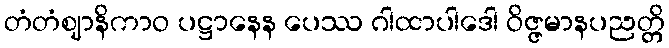
တံတံဈာနိကာဝ ပဋ္ဌာနေန ပေဿ ဂါထာပါဒေါ ဝိဇ္ဇမာနပညတ္တိ